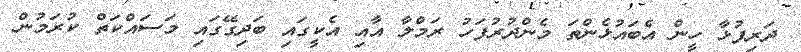
ދަރިފުޅާ ހީން އެބައުޅެންތަ މެންދުރުފަހު ރަމްލާ އާއި އެކީގައި ބަދިގޭގައި މަސައްކަތް ކުރަމުން